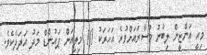
މިއީ އަންޒީން ލިބުނު މުސާރައަށްވުރެ އަހަރަކު 10 މިލިއަން ޕައުންޑް މަދު އަދަދެކެވެ.